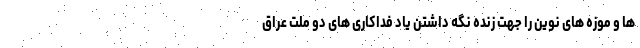
ها و موزه های نوین را جهت زنده نگه داشتن یاد فداکاری های دو ملت عراق